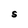
Character: S